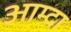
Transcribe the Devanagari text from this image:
आम्दा